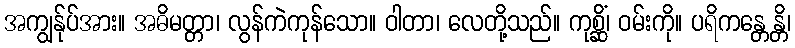
အကျွန်ုပ်အား။ အဓိမတ္တာ၊ လွန်ကဲကုန်သော။ ဝါတာ၊ လေတို့သည်။ ကုစ္ဆိံ၊ ဝမ်းကို။ ပရိကန္တေန္တိ၊